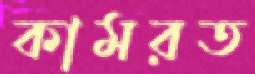
কামরত